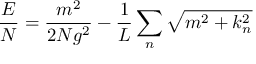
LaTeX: \frac { { \cal E } } { N } = \frac { m ^ { 2 } } { 2 N g ^ { 2 } } - \frac { 1 } { L } \sum _ { n } \sqrt { m ^ { 2 } + k _ { n } ^ { 2 } }